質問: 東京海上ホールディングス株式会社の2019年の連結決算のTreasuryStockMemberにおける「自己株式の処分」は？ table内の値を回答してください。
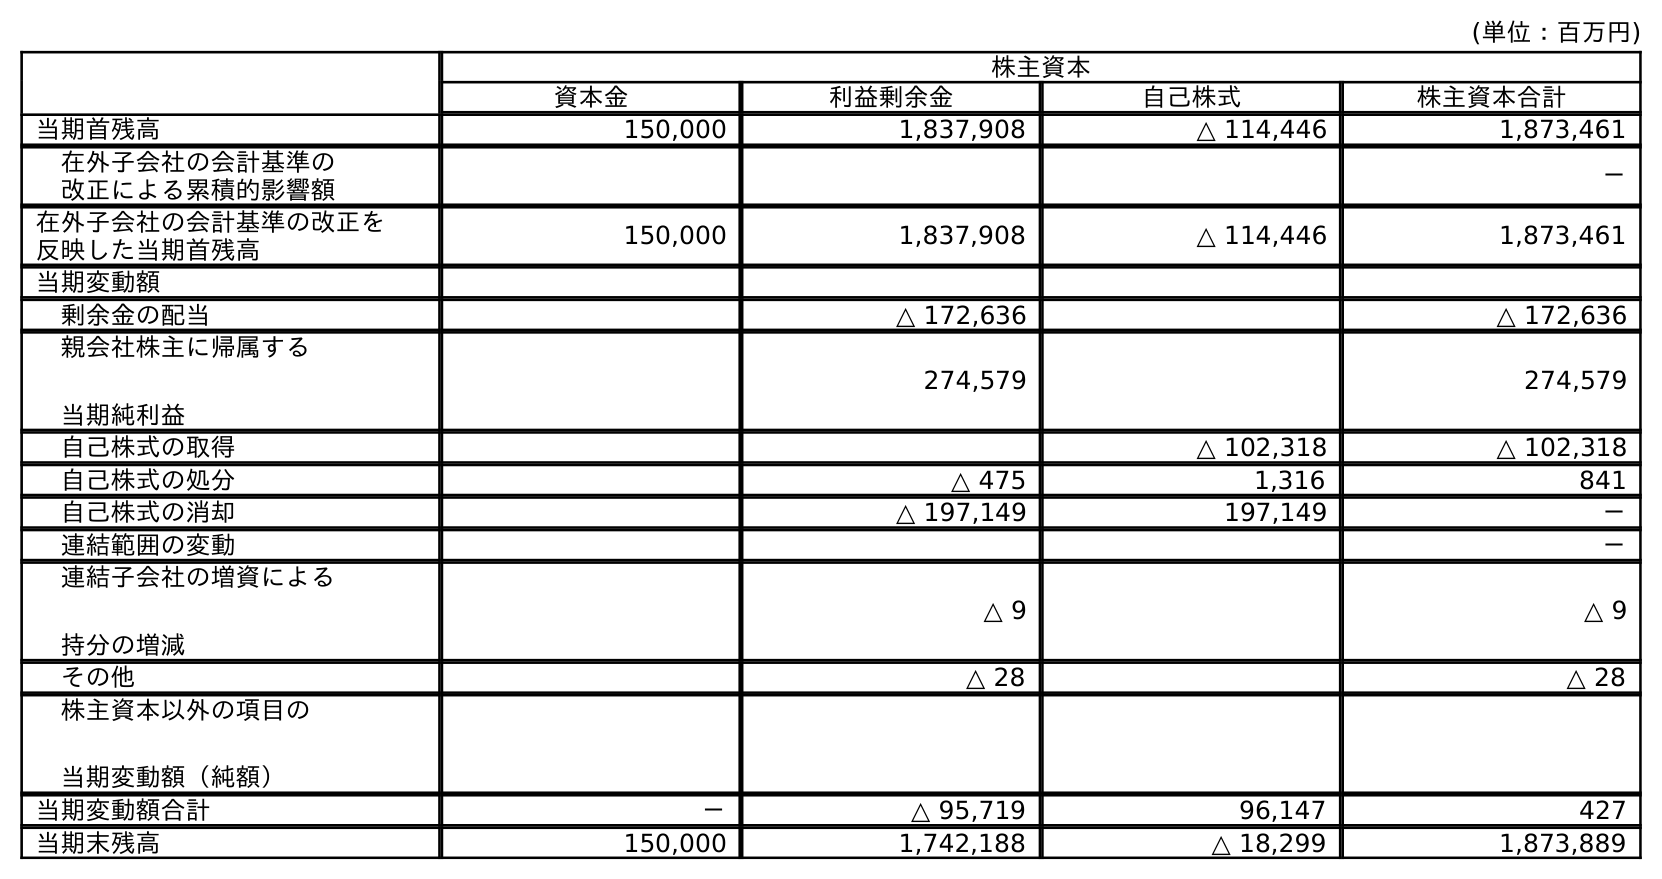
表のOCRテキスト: (単位：百万円) 株主資本 資本金 利益剰余金 自己株式 株主資本合計 当期首残高 150,000 1,837,908 △ 114,446 1,873,461 在外子会社の会計基準の 改正による累積的影響額 － 在外子会社の会計基準の改正を 反映した当期首残高 150,000 1,837,908 △ 114,446 1,873,461 当期変動額 剰余金の配当 △ 172,636 △ 172,636 親会社株主に帰属する 当期純利益 274,579 274,579 自己株式の取得 △ 102,318 △ 102,318 自己株式の処分 △ 475 1,316 841 自己株式の消却 △ 197,149 197,149 － 連結範囲の変動 － 連結子会社の増資による 持分の増減 △ 9 △ 9 その他 △ 28 △ 28 株主資本以外の項目の 当期変動額（純額） 当期変動額合計 － △ 95,719 96,147 427 当期末残高 150,000 1,742,188 △ 18,299 1,873,889
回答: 1,316